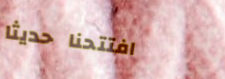
افتتحنا حديثاً